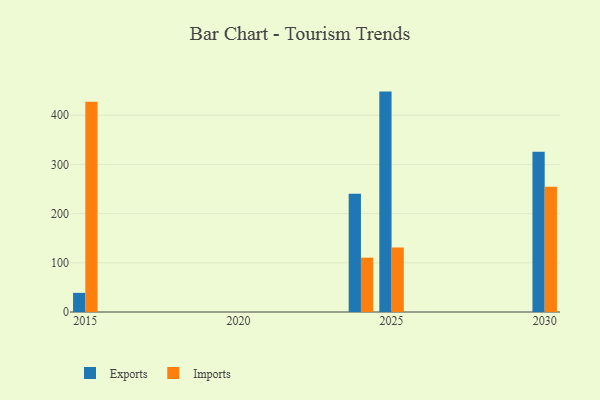
{"axis": {"x": "Year", "y": "LTV (USD)"}, "legend": ["Exports", "Imports"], "data": [{"x": "2024", "y": 240.2, "type": "Exports"}, {"x": "2024", "y": 110.5, "type": "Imports"}, {"x": "2030", "y": 326.0, "type": "Exports"}, {"x": "2030", "y": 254.8, "type": "Imports"}, {"x": "2015", "y": 38.9, "type": "Exports"}, {"x": "2015", "y": 427.7, "type": "Imports"}, {"x": "2025", "y": 448.1, "type": "Exports"}, {"x": "2025", "y": 131.3, "type": "Imports"}]}